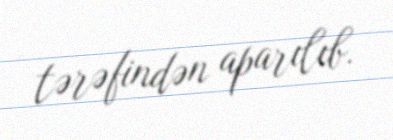
tərəfindən aparılıb.